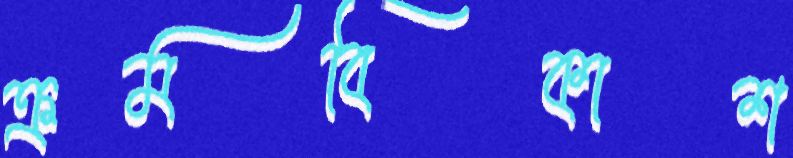
ক্রমবিকাশ